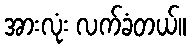
အားလုံး လက်ခံတယ်။